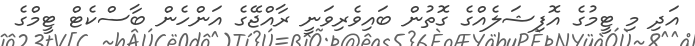
އަދި މި ޓީމުގެ އޮފިޝަލެއްގެ ގޮތުން ބައިވެރިވަނީ ރާއްޖޭގެ އަންހެން ބާސްކެޓް ޓީމްގެ